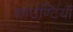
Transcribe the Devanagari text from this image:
काउण्टियाँ